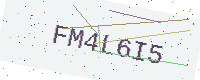
Text: FM4L6I5